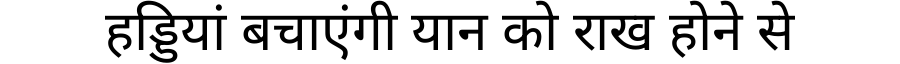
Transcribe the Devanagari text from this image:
हड्डियां बचाएंगी यान को राख होने से